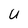
Character: U